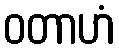
ဝတာဟံ